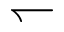
\leftharpoondown